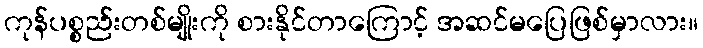
ကုန်ပစ္စည်းတစ်မျိုးကို စားနိုင်တာကြောင့် အဆင်မပြေဖြစ်မှာလား။